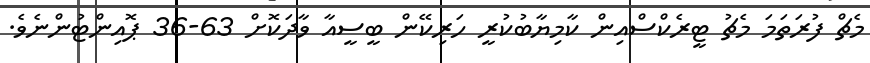
މެޗް ފުރަތަމަ މެޗު ޓީރެކްސްއިން ކާމިޔާބުކުރީ ހަރިކޭން ބީސީއާ ވާދަކޮށް 63-36 ޕޮއިންޓުންނެވެ.